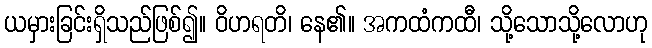
ယမှားခြင်းရှိသည်ဖြစ်၍။ ဝိဟရတိ၊ နေ၏။ အကထံကထီ၊ သို့သောသို့လောဟု